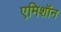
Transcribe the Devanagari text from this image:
एमिशॉन